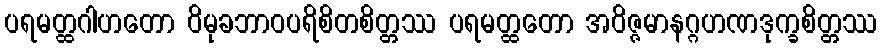
ပရမတ္ထဂါဟတော ဝိမုခဘာဝပရိစိတစိတ္တဿ ပရမတ္ထတော အဝိဇ္ဇမာနဂ္ဂဟဏဒုက္ခစိတ္တဿ